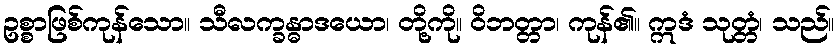
ဥစ္စာဖြစ်ကုန်သော။ သီလက္ခန္ဓာဒယော၊ တို့ကို။ ဝိဘတ္တာ၊ ကုန်၏။ ဣဒံ သုတ္တံ၊ သည်။